65_HS1-834228961_62-HQ-83894_Section_1
Agency: FBI
Page 143
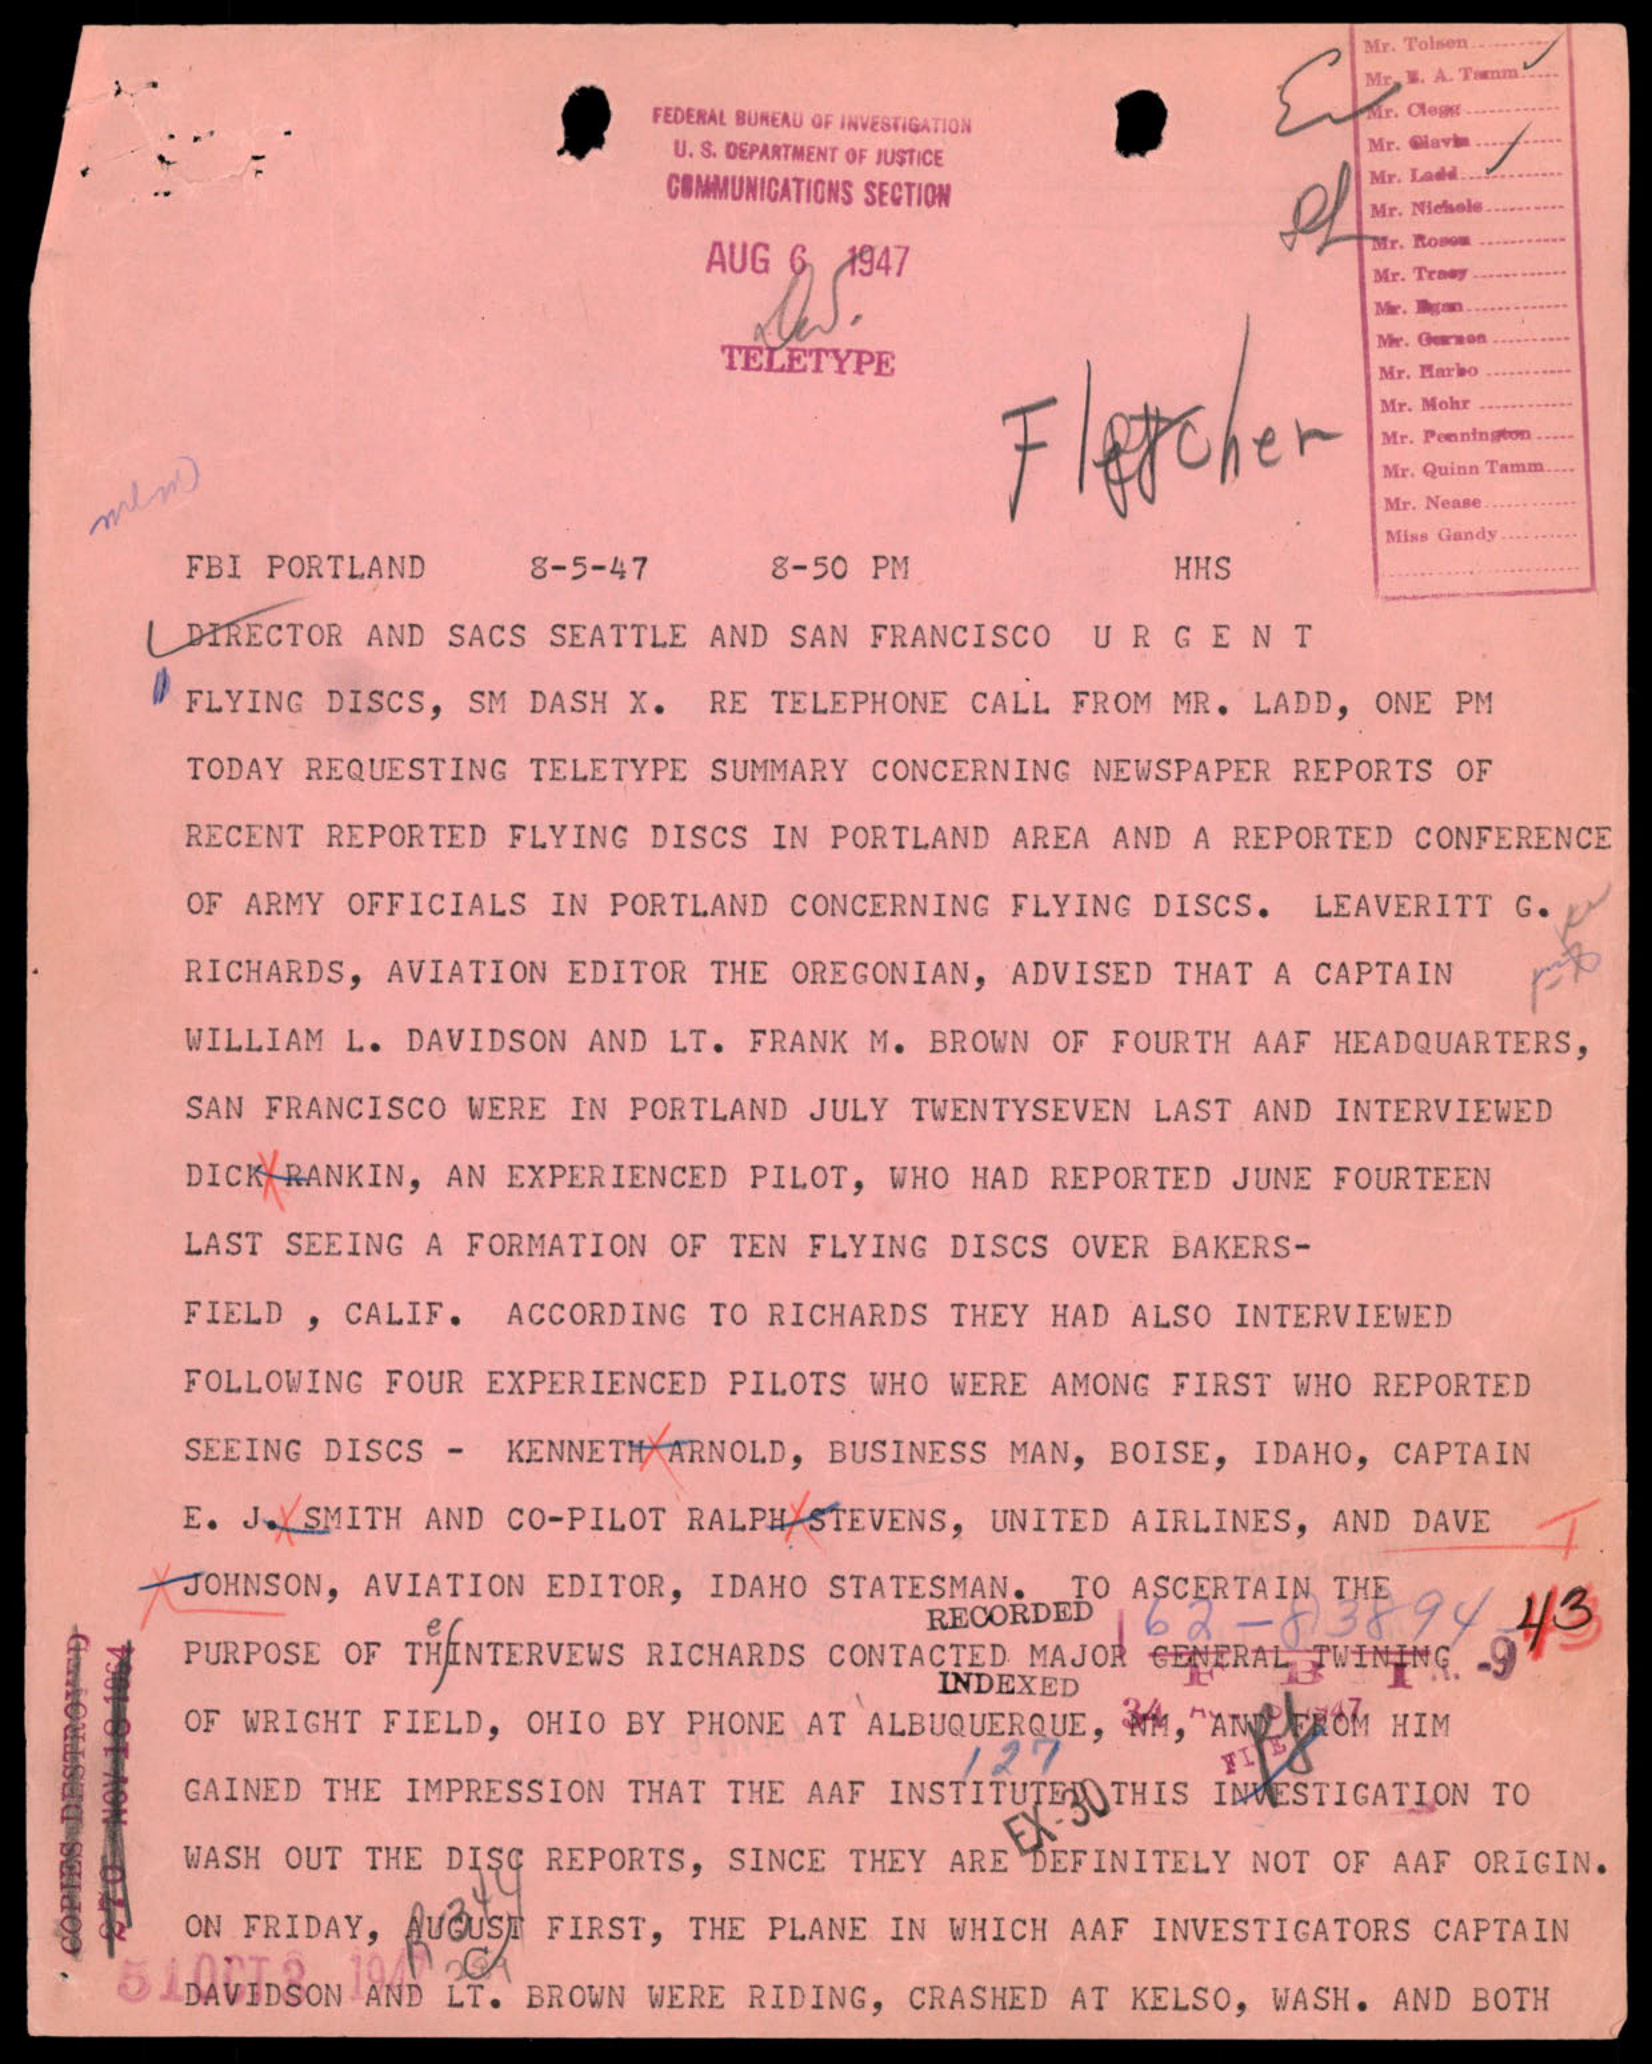